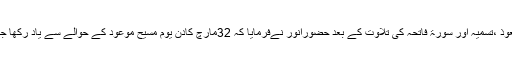
تشہد،تعوذ ،تسمیہ اور سورۃ فاتحہ کی تلاوت کے بعد حضورِانور نےفرمایا کہ 32مارچ کادن یوم مسیح موعودؑ کے حوالے سے یاد رکھا جاتا ہے۔